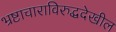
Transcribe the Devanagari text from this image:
भ्रष्टाचाराविरुद्धदेखील